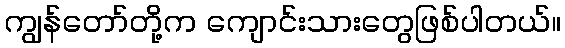
ကျွန်တော်တို့က ကျောင်းသားတွေဖြစ်ပါတယ်။